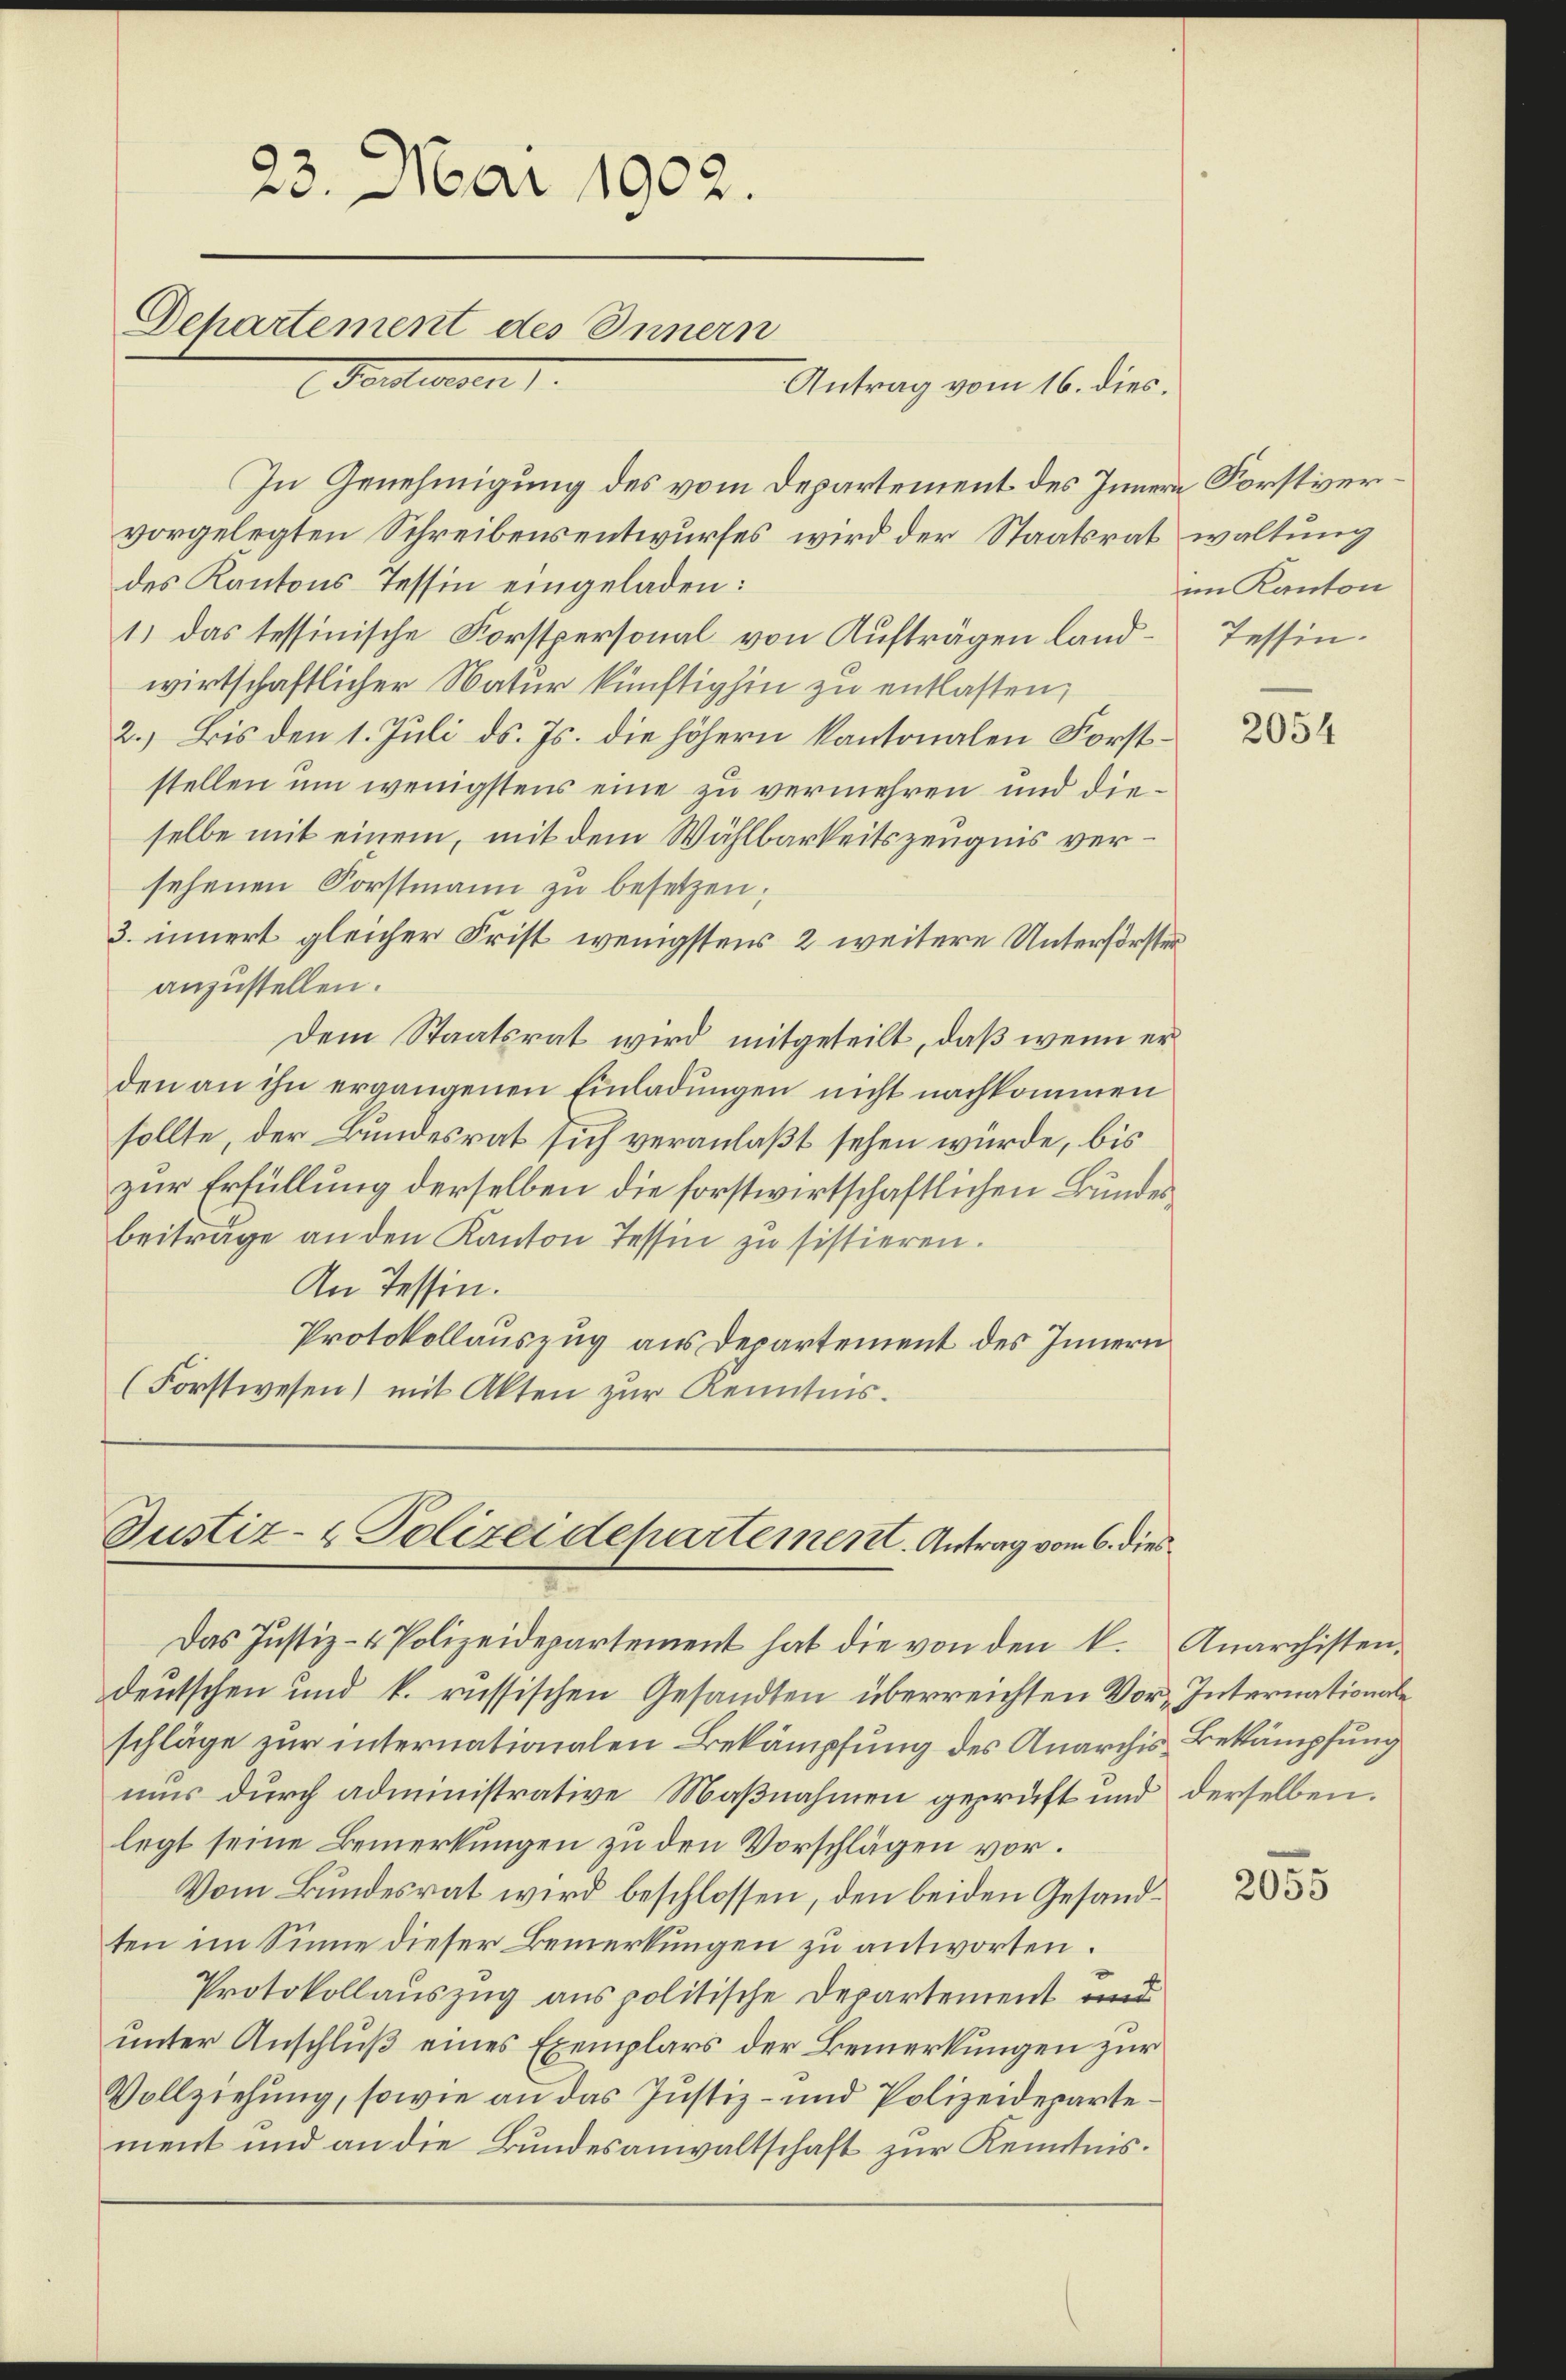
23. Mai 1902.
Departement des Innern
Hentweden

In Genehmigung des vom Departement des Innern Forstvervorgelegten Schreibensentwurfes wird der Staatsrat waltung
des Kantons Tessin eingeladen:
1) das tessinische Forstpersonal von Aufträgen land-Tessin-
wirtschaftlicher Natur künftighin zu entlassen,
2.) Bis den 1. Juli d. Js. die höhern kantonalen Forststellen um wenigstens eine zu vermehren und dieselbe mit einem, mit dem Wählbarkeitszeugnis versehenen Forstmann zu besetzen;
3. innert gleicher Frist wenigstens 2 weitere Unterförsteranzustellen.
Dem Staatsrat wird mitgeteilt, daß wenn er
den an ihn ergangenen Einladungen nicht nachkommen
sollte, der Bundesrat sich veranlaßt sehen würde, bis
zur Erfüllung derselben die forstwirtschaftlichen Bundes
beiträge an den Kanton Tessin zu sistieren.
An Tessin.
Protokollauszug aus Departement des Innern
(Forstwesen) mit Akten zur Kenntnis.

Antrag vom 16. dies.

Justiz- & Polizeidepartement. Antrag vom 6. dies
Das Justiz- & Polizeidepartement hat die von den k. Anarchisten-

deutschen und k. russischen Gesandten überreichten Vor Internationale
schläge zur internationalen Bekämpfung des Anarchis Bekämpfung
mus durch administrative Maßnahmen geprüft und derselben.
legt seine Bemerkungen zu den Vorschlägen vor.
Vom Bundesrat wird beschlossen, den beiden Gesandten im Sinne dieser Bemerkungen zu antworten.
Protokollauszug aus politische Departement und
unter Anschluß eines Exemplars der Bemerkungen zur
Vollziehung, sowie an das Justiz- und Polizeidepartement und an die Bundesanwaltschaft zur Kenntnis.

im Kanton

2054

2055